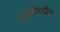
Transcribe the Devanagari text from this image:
अन्तर्राशट्रीय